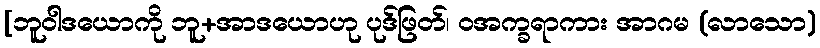
[ဘူဝါဒယောကို ဘူ+အာဒယောဟု ပုဒ်ဖြတ်၊ ဝအက္ခရာကား အာဂမ (လာသော)